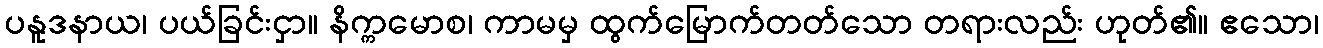
ပနူဒနာယ၊ ပယ်ခြင်းငှာ။ နိက္ကမောစ၊ ကာမမှ ထွက်မြောက်တတ်သော တရားလည်း ဟုတ်၏။ ဧသော၊